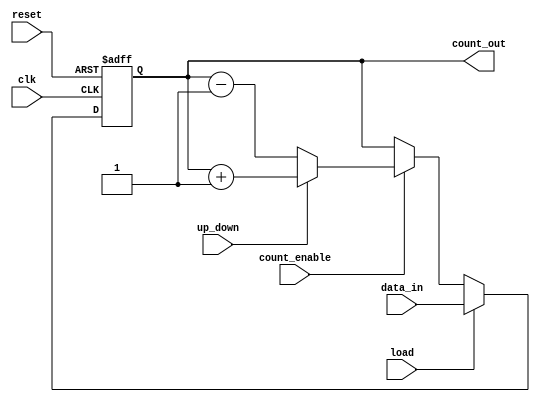
module synchronous_load_counter (
    input wire clk,              // Clock input
    input wire reset,            // Asynchronous reset
    input wire load,             // Load control signal
    input wire [N-1:0] data_in,  // Input data bus for loading
    input wire count_enable,      // Count enable signal
    input wire up_down,          // Control signal for counting direction (1 for up, 0 for down)
    output reg [N-1:0] count_out // Output count value
);
    parameter N = 8; // Define the bit width of the counter

    // Asynchronous reset
    always @(posedge clk or posedge reset) begin
        if (reset) begin
            count_out <= 0; // Reset the counter to zero
        end else if (load) begin
            count_out <= data_in; // Load the new value
        end else if (count_enable) begin
            if (up_down) begin
                count_out <= count_out + 1; // Increment
            end else begin
                count_out <= count_out - 1; // Decrement
            end
        end
    end
endmodule